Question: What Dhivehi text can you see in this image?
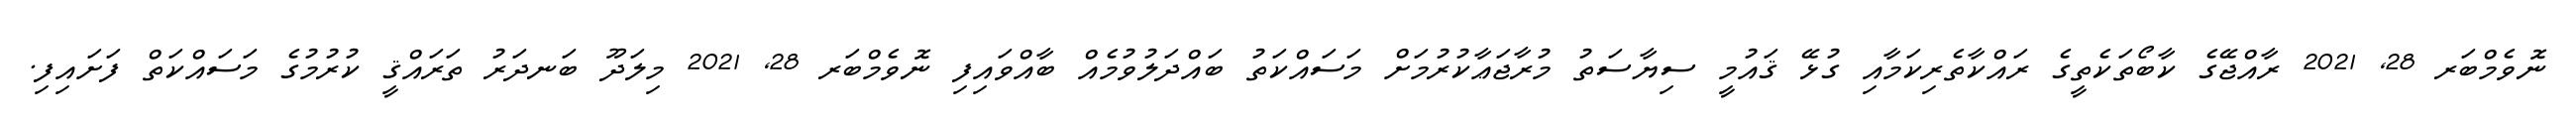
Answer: ނޮވެމްބަރ 28, 2021 ރާއްޖޭގެ ކާބޯތަކެތީގެ ރައްކާތެރިކަމާއި ގުޅޭ ޤައުމީ ސިޔާސަތު މުރާޖަޢާކުރުމަށް މަސައްކަތު ބައްދަލުވުމެއް ބާއްވައިފި ނޮވެމްބަރ 28, 2021 މިލަދޫ ބަނދަރު ތަރައްޤީ ކުރުމުގެ މަސައްކަތް ފަށައިފި.